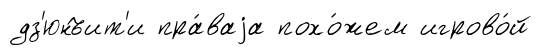
дз'юнъит'и пра́ваjа похо́жем игрово́й